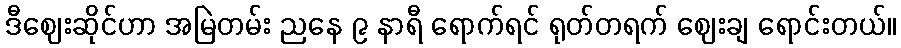
ဒီဈေးဆိုင်ဟာ အမြဲတမ်း ညနေ ၉ နာရီ ရောက်ရင် ရုတ်တရက် ဈေးချ ရောင်းတယ်။